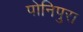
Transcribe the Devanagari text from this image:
पोनिपुरा